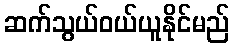
ဆက်သွယ်ဝယ်ယူနိုင်မည်